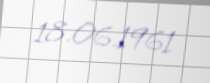
18.06.1961